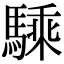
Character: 騬